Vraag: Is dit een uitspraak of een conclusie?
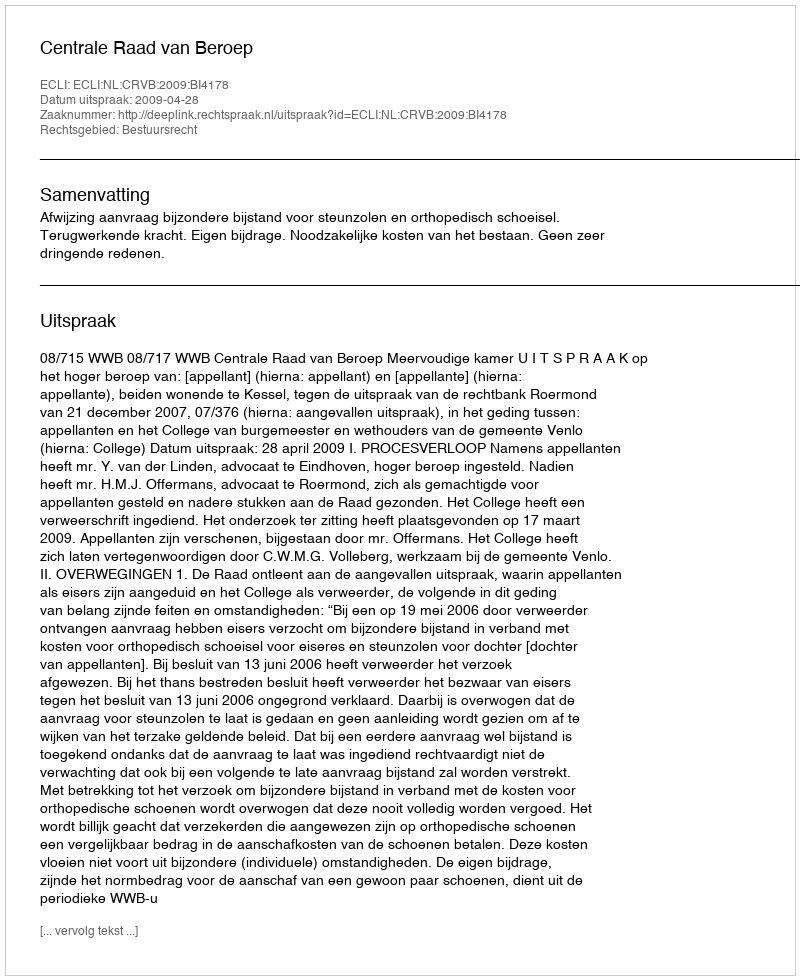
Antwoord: Uitspraak